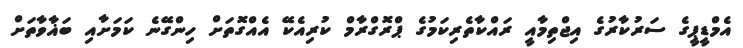
އެމްޑީޕީގެ ސަރުކާރުގެ އިޖްތިމާއީ ރައްކާތެރިކަމުގެ ޕްރޮގްރާމް ކުރިއެކޭ އެއްގޮތަށް ހިންގޭނެ ކަމަށާއި ބަޣާވާތަށް